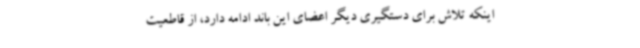
اینکه تلاش برای دستگیری دیگر اعضای این باند ادامه دارد، از قاطعیت